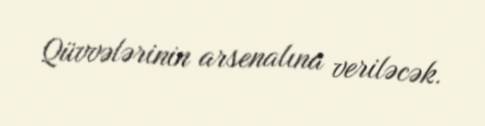
Qüvvələrinin arsenalına veriləcək.